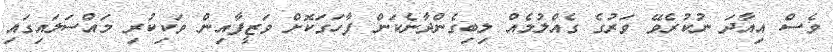
ވެސް އިއާދަ ނުކުރެވޭ ވަރުގެ ގެއްލުމެއް ލިބިގެންދާނެކަން ފާހަގަކޮށް ވަޒީފާއިން ވަކިކުރި މައްސަލައިގައި